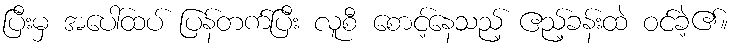
ပြီးမှ အပေါ်ထပ် ပြန်တက်ပြီး လူစီ စောင့်နေသည့် ဧည့်ခန်းထဲ ဝင်ခဲ့၏။